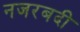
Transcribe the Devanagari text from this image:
नजरबदी